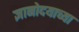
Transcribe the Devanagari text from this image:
ज्ञानोदयाच्या